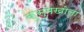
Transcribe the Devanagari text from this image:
कुसुमखोला